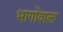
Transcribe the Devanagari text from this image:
भागोंवाला